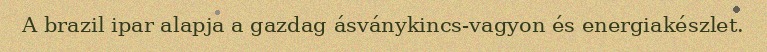
A brazil ipar alapja a gazdag ásványkincs-vagyon és energiakészlet.